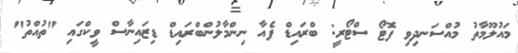
މައުލޫމާތު މުއްސަނދިވި ފޮޓޯ ސްޓޯރީ: ބްރައިޑް ފެއާ ނިންމާލުންބްރައިޑް ޑިޒައިނާސް ވީކްގައި "ތުއްތު"